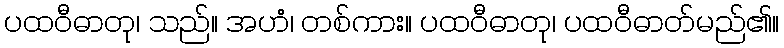
ပထဝီဓာတု၊ သည်။ အဟံ၊ တစ်ကား။ ပထဝီဓာတု၊ ပထဝီဓာတ်မည်၏။